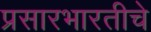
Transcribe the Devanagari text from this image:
प्रसारभारतीचे